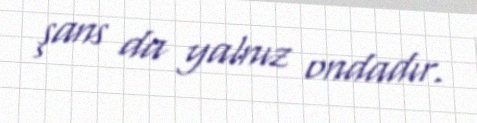
şans da yalnız ondadır.